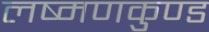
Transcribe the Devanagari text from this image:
लष्मणकुण्ड